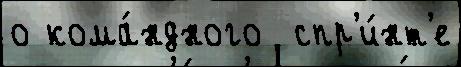
о кома́ндного  спр'и́нт'е